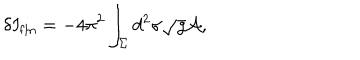
\delta I _ { \mathrm { f i n } } = - 4 \pi ^ { 2 } \int _ { \Sigma } d ^ { 2 } \sigma \sqrt { g } { \cal A } ,